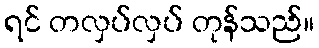
ရင် တလှပ်လှပ် တုန်သည်။